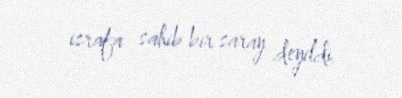
israfa sahib bir saray deyildi.